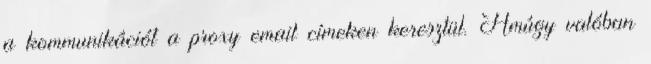
a kommunikációt a proxy email címeken keresztül. Amúgy valóban